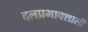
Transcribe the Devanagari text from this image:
दलप्रभावशाली